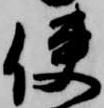
使